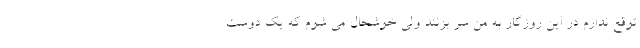
توقع ندارم در این روزگار به من سر بزنند ولی خوشحال می شوم که یک دوست